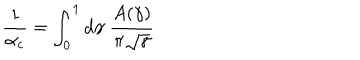
LaTeX: { \frac { 1 } { \alpha _ { c } } } = \int _ { 0 } ^ { 1 } d \gamma \; { \frac { A ( \gamma ) } { \pi \sqrt \gamma } }